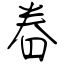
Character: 眷